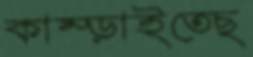
কাম্‌ড়াইতেছ